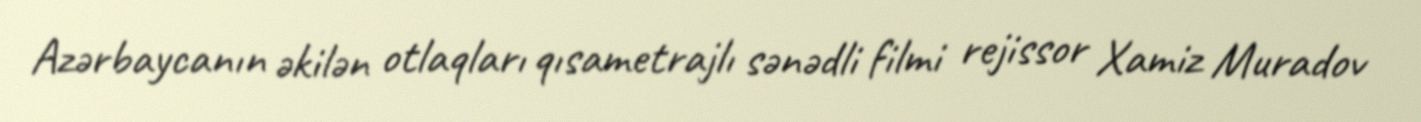
Azərbaycanın əkilən otlaqları qısametrajlı sənədli filmi rejissor Xamiz Muradov